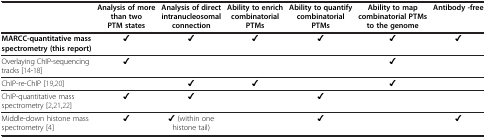
<table><thead><tr><td>[EMPTY_CELL]</td><td><b>Analysis of more than two PTM states</b></td><td><b>Analysis of direct intranucleosomal connection</b></td><td><b>Ability to enrich combinatorial PTMs</b></td><td><b>Ability to quantify combinatorial PTMs</b></td><td><b>Ability to map combinatorial PTMs to the genome</b></td><td><b>Antibody -free</b></td></tr></thead><tbody><tr><td><b>MARCC-quantitative mass spectrometry (this report)</b></td><td><b>✔</b></td><td><b>✔</b></td><td><b>✔</b></td><td><b>✔</b></td><td><b>✔</b></td><td><b>✔</b></td></tr><tr><td>Overlaying ChIP-sequencing tracks [14-18]</td><td>✔</td><td>[EMPTY_CELL]</td><td>[EMPTY_CELL]</td><td>[EMPTY_CELL]</td><td>✔</td><td>[EMPTY_CELL]</td></tr><tr><td>ChIP-re-ChIP [19,20]</td><td>[EMPTY_CELL]</td><td>✔</td><td>✔</td><td>[EMPTY_CELL]</td><td>✔</td><td>[EMPTY_CELL]</td></tr><tr><td>ChIP-quantitative mass spectrometry [2,21,22]</td><td>✔</td><td>✔</td><td>[EMPTY_CELL]</td><td>✔</td><td>[EMPTY_CELL]</td><td>[EMPTY_CELL]</td></tr><tr><td>Middle-down histone mass spectrometry [4]</td><td>✔</td><td>✔ (within one histone tail)</td><td>[EMPTY_CELL]</td><td>✔</td><td>[EMPTY_CELL]</td><td>✔</td></tr></tbody></table>